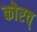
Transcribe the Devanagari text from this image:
कोरव्